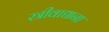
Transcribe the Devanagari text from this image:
स्त्रीवाद्याना